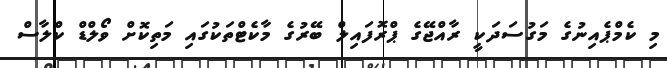
މި ކެމްޕެއިނުގެ މަގުސަދަކީ ރާއްޖޭގެ ޕްރޮފައިލް ބޭރުގެ މާކެޓްތަކުގައި މަތިކޮށް ވޯލްޑް ކްލާސް